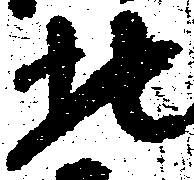
北